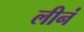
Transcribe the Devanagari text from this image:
लीनं